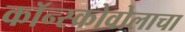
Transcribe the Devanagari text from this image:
कॉन्स्कोवोलाचा